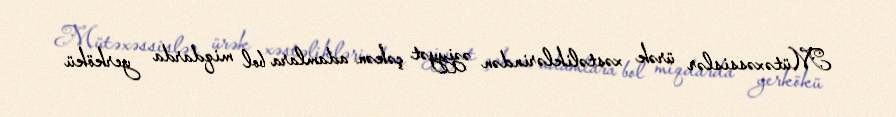
Mütəxəssislər ürək xəstəliklərindən əziyyət çəkən adamlara bol miqdarda yerkökü